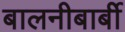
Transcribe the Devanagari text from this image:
बालनीबार्बी